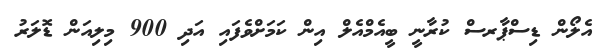
އެލޯން ޑިސްޕާރސް ކުރާނީ ބީއެމްއެލް އިން ކަމަށްވެފައި އަދި 900 މިލިއަން ޑޮލަރު